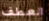
العطف